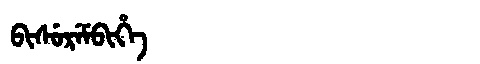
Manchu: ᠪᡳᠰᡠᡵᡝᠮᠪᡳᡥᡝ
Romanization: BISUREMBIHE